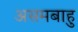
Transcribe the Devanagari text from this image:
असमबाहु